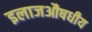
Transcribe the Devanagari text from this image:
इलाजऔषधीय